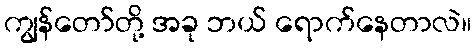
ကျွန်တော်တို့ အခု ဘယ် ရောက်နေတာလဲ။